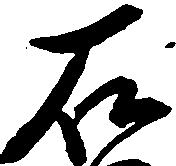
石